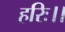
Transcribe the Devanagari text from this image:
हरिः।।